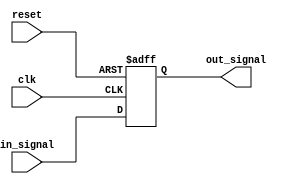
module ECL_buffer (
  input wire clk,
  input wire reset,
  input wire in_signal,
  output reg out_signal
);

  always @(posedge clk or posedge reset) begin
    if (reset) begin
      out_signal <= 1'b0;
    end else begin
      out_signal <= in_signal;
    end
  end

endmodule